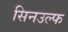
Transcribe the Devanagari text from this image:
सिनउल्फ